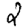
Digit: 2